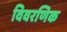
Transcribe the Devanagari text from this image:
विवरणिक